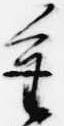
重